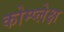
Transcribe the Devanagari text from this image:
कोम्प्लेक्ष